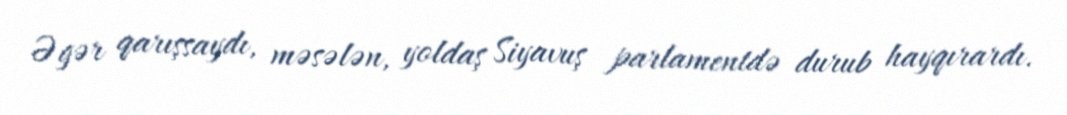
Əgər qarışsaydı, məsələn, yoldaş Siyavuş parlamentdə durub hayqırardı.